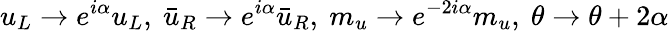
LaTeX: u_{L}\rightarrow e^{i\alpha}u_{L},\ \bar{u}_{R}\rightarrow e^{i\alpha}\bar{u}_{R},\ m_{u}\rightarrow e^{-2i\alpha}m_{u},\ \theta\rightarrow\theta+2\alpha